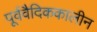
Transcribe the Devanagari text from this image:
पूर्ववैदिककालीन